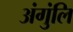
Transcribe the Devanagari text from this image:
अंगुंलि